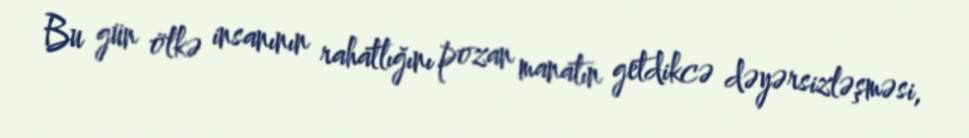
Bu gün ölkə insanının rahatlığını pozan manatın getdikcə dəyərsizləşməsi,